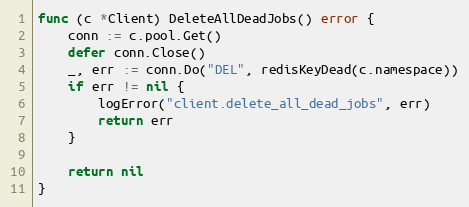
Language: Go
func (c *Client) DeleteAllDeadJobs() error {
	conn := c.pool.Get()
	defer conn.Close()
	_, err := conn.Do("DEL", redisKeyDead(c.namespace))
	if err != nil {
		logError("client.delete_all_dead_jobs", err)
		return err
	}

	return nil
}